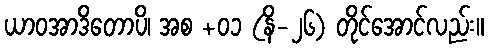
ယာဝအာဒိတောပိ၊ အစ +၀၁ (နိ-၂၆) တိုင်အောင်လည်း။